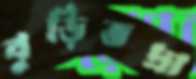
বুড়িভদ্রা